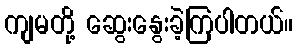
ကျမတို့ ဆွေးနွေးခဲ့ကြပါတယ်။